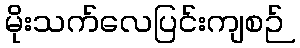
မိုးသက်လေပြင်းကျစဉ်